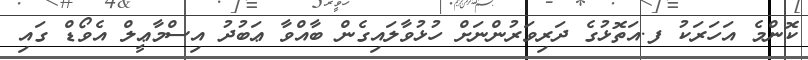
ކޮންމެ އަހަރަކު ފ.އަތޮޅުގެ ދަރިވަރުންނަށް ހުޅުވާލައިގެން ބާއްވާ ޢަބުދު އިސްމާޢީލް އެވޯޑް ގައި